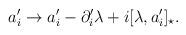
LaTeX: \begin{align*}a_{i}^{\prime} \rightarrow a_{i}^{\prime}-\partial_{i}^{\prime}\lambda +i[\lambda,a_{i}^{\prime}]_{\star}.\end{align*}